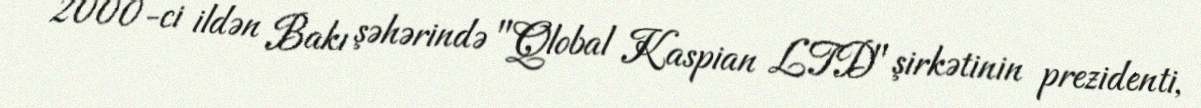
2000-ci ildən Bakı şəhərində "Qlobal Kaspian LTD" şirkətinin prezidenti,